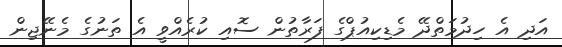
އަދި އެ ހިދުމަތްދޭ މެޑިކިއުޕްގެ ފަރާތުން ސޮއި ކުރެއްވީ އެ ތަނުގެ މެނޭޖިން